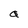
Character: a